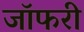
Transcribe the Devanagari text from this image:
जॉफरी